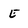
Character: E